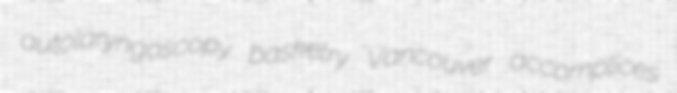
autolaryngoscopy basketry Vancouver accomplices